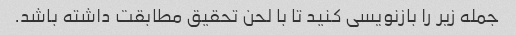
جمله زیر را بازنویسی کنید تا با لحن تحقیق مطابقت داشته باشد.